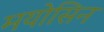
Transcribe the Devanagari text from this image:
मयोसिन